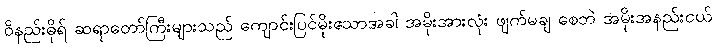
ဝိနည်းဓိုရ် ဆရာတော်ကြီးများသည် ကျောင်းပြင်မိုးသောအခါ အမိုးအားလုံး ဖျက်မချ စေဘဲ အမိုးအနည်းငယ်